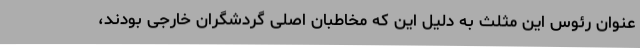
عنوان رئوس این مثلث به دلیل این که مخاطبان اصلی گردشگران خارجی بودند،